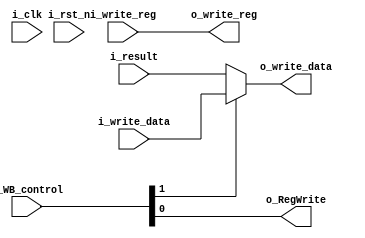
`timescale 1ns / 1ps
//////////////////////////////////////////////////////////////////////////////////
// Company: 
// Engineer: 
// 
// Design Name: 
// Module Name:    WB 
// Project Name: 
// Target Devices: 
// Tool versions: 
// Description: 
//
// Dependencies: 
//
// Revision: 
// Revision 0.01 - File Created
// Additional Comments: 
//
//////////////////////////////////////////////////////////////////////////////////
module WB(i_clk, i_rst_n, i_write_reg, i_write_data, i_result, i_WB_control, o_write_reg, o_write_data, o_RegWrite);
  input i_clk, i_rst_n;   
  input [4:0] i_write_reg;              //input write register
  input [31:0] i_write_data, i_result;  //input write data, alu result
  input [1:0] i_WB_control;             //input WB control
  output [4:0] o_write_reg;             //output write register
  output [31:0] o_write_data;           //output write data
  output o_RegWrite;                    //output RegWrite signal
  
  assign o_write_reg = i_write_reg;
  assign o_write_data = (i_WB_control[1] ==1'b0) ? i_result : i_write_data;     //32bit mux_2 with selector MemtoReg
  assign o_RegWrite = i_WB_control[0];
  
endmodule